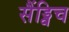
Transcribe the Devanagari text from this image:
सैंड्विच